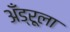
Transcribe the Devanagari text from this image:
अँड्रूला